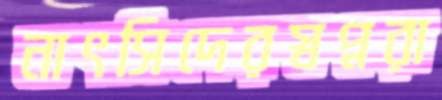
নাৎসিদেরস্বপ্নরা